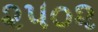
૨૫૦૨